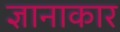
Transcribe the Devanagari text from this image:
ज्ञानाकार